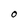
Character: O